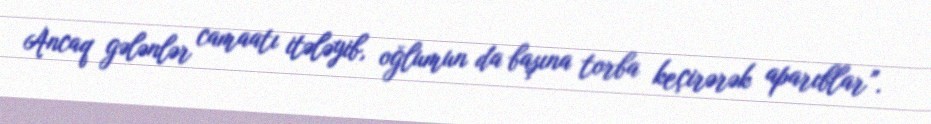
Ancaq gələnlər camaatı itələyib, oğlumun da başına torba keçirərək aparıblar”.